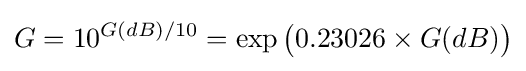
G=10^{G(dB)/10}=\exp {\big (}0.23026\times G(dB){\big )}